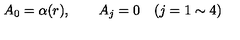
A _ { 0 } = \alpha ( r ) , \qquad A _ { j } = 0 \quad ( j = 1 \sim 4 )